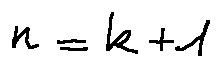
n = k + 1